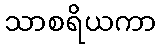
သာစရိယကာ